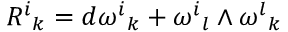
{ { R } ^ { i } } _ { k } = d { { \omega } ^ { i } } _ { k } + { { \omega } ^ { i } } _ { l } \wedge { { \omega } ^ { l } } _ { k }